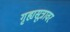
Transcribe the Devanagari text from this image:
गृह्यसूत्रावर